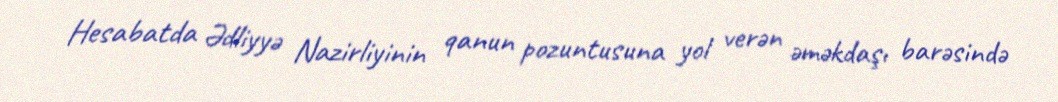
Hesabatda Ədliyyə Nazirliyinin qanun pozuntusuna yol verən əməkdaşı barəsində